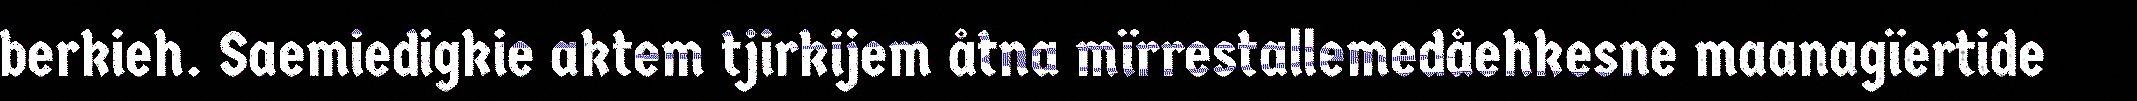
berkieh. Saemiedigkie aktem tjirkijem åtna mïrrestallemedåehkesne maanagïertide